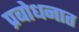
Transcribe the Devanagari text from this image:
प्रबोधनात